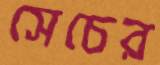
সেচের